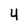
Character: 4